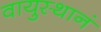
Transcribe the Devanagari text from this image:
वायुस्थानं